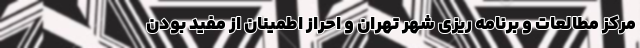
مرکز مطالعات و برنامه ریزی شهر تهران و احراز اطمینان از مفید بودن